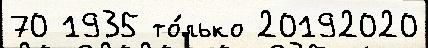
70 1935 то́лько 20192020